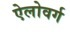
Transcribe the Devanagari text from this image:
ऐलोवर्ग